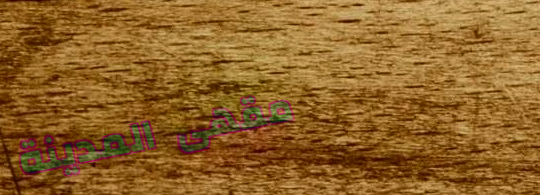
مقهى المدينة